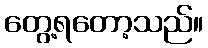
တွေ့ရတော့သည်။